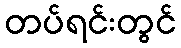
တပ်ရင်းတွင်